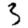
Digit: 3